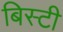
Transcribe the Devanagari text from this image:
बिस्टी